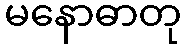
မနောဓာတု